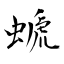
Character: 螔